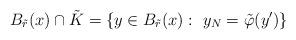
LaTeX: \begin{align*}B_{\tilde{r}}(x)\cap \tilde{K}= \{y\in B_{\tilde{r}}(x):\ y_N=\tilde{\varphi}(y')\}\end{align*}